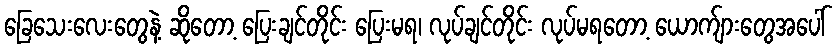
ခြေသေးလေးတွေနဲ့ ဆိုတော့ ပြေးချင်တိုင်း ပြေးမရ၊ လုပ်ချင်တိုင်း လုပ်မရတော့ ယောက်ျားတွေအပေါ်